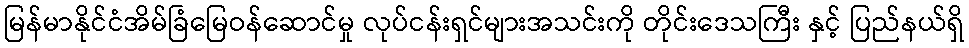
မြန်မာနိုင်ငံအိမ်ခြံမြေဝန်ဆောင်မှု လုပ်ငန်းရှင်များအသင်းကို တိုင်းဒေသကြီး နှင့် ပြည်နယ်ရှိ